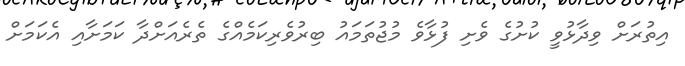
އިތުރަށް ވިދާޅުވީ ކުށުގެ ވެށި ފުޅާވެ މުޖުތަމައު ބިރުވެރިކަމެއްގެ ތެރެއަށްދާ ކަމަށާއި އެކަމަށް